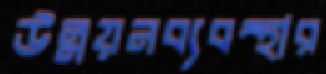
উন্নয়নব্যবস্থার